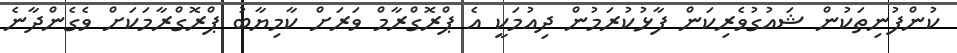
ކުންފުނިތަކުން ޝައުގުވެރިކަން ފާޅުކުރަމުން ދިއުމަކީ އެ ޕްރޮގްރާމް ވަރަށް ކާމިޔާބު ޕްރޮގްރާމަކަށް ވެގެންދާނެ